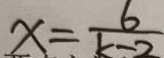
x = \frac { 6 } { k - 2 }